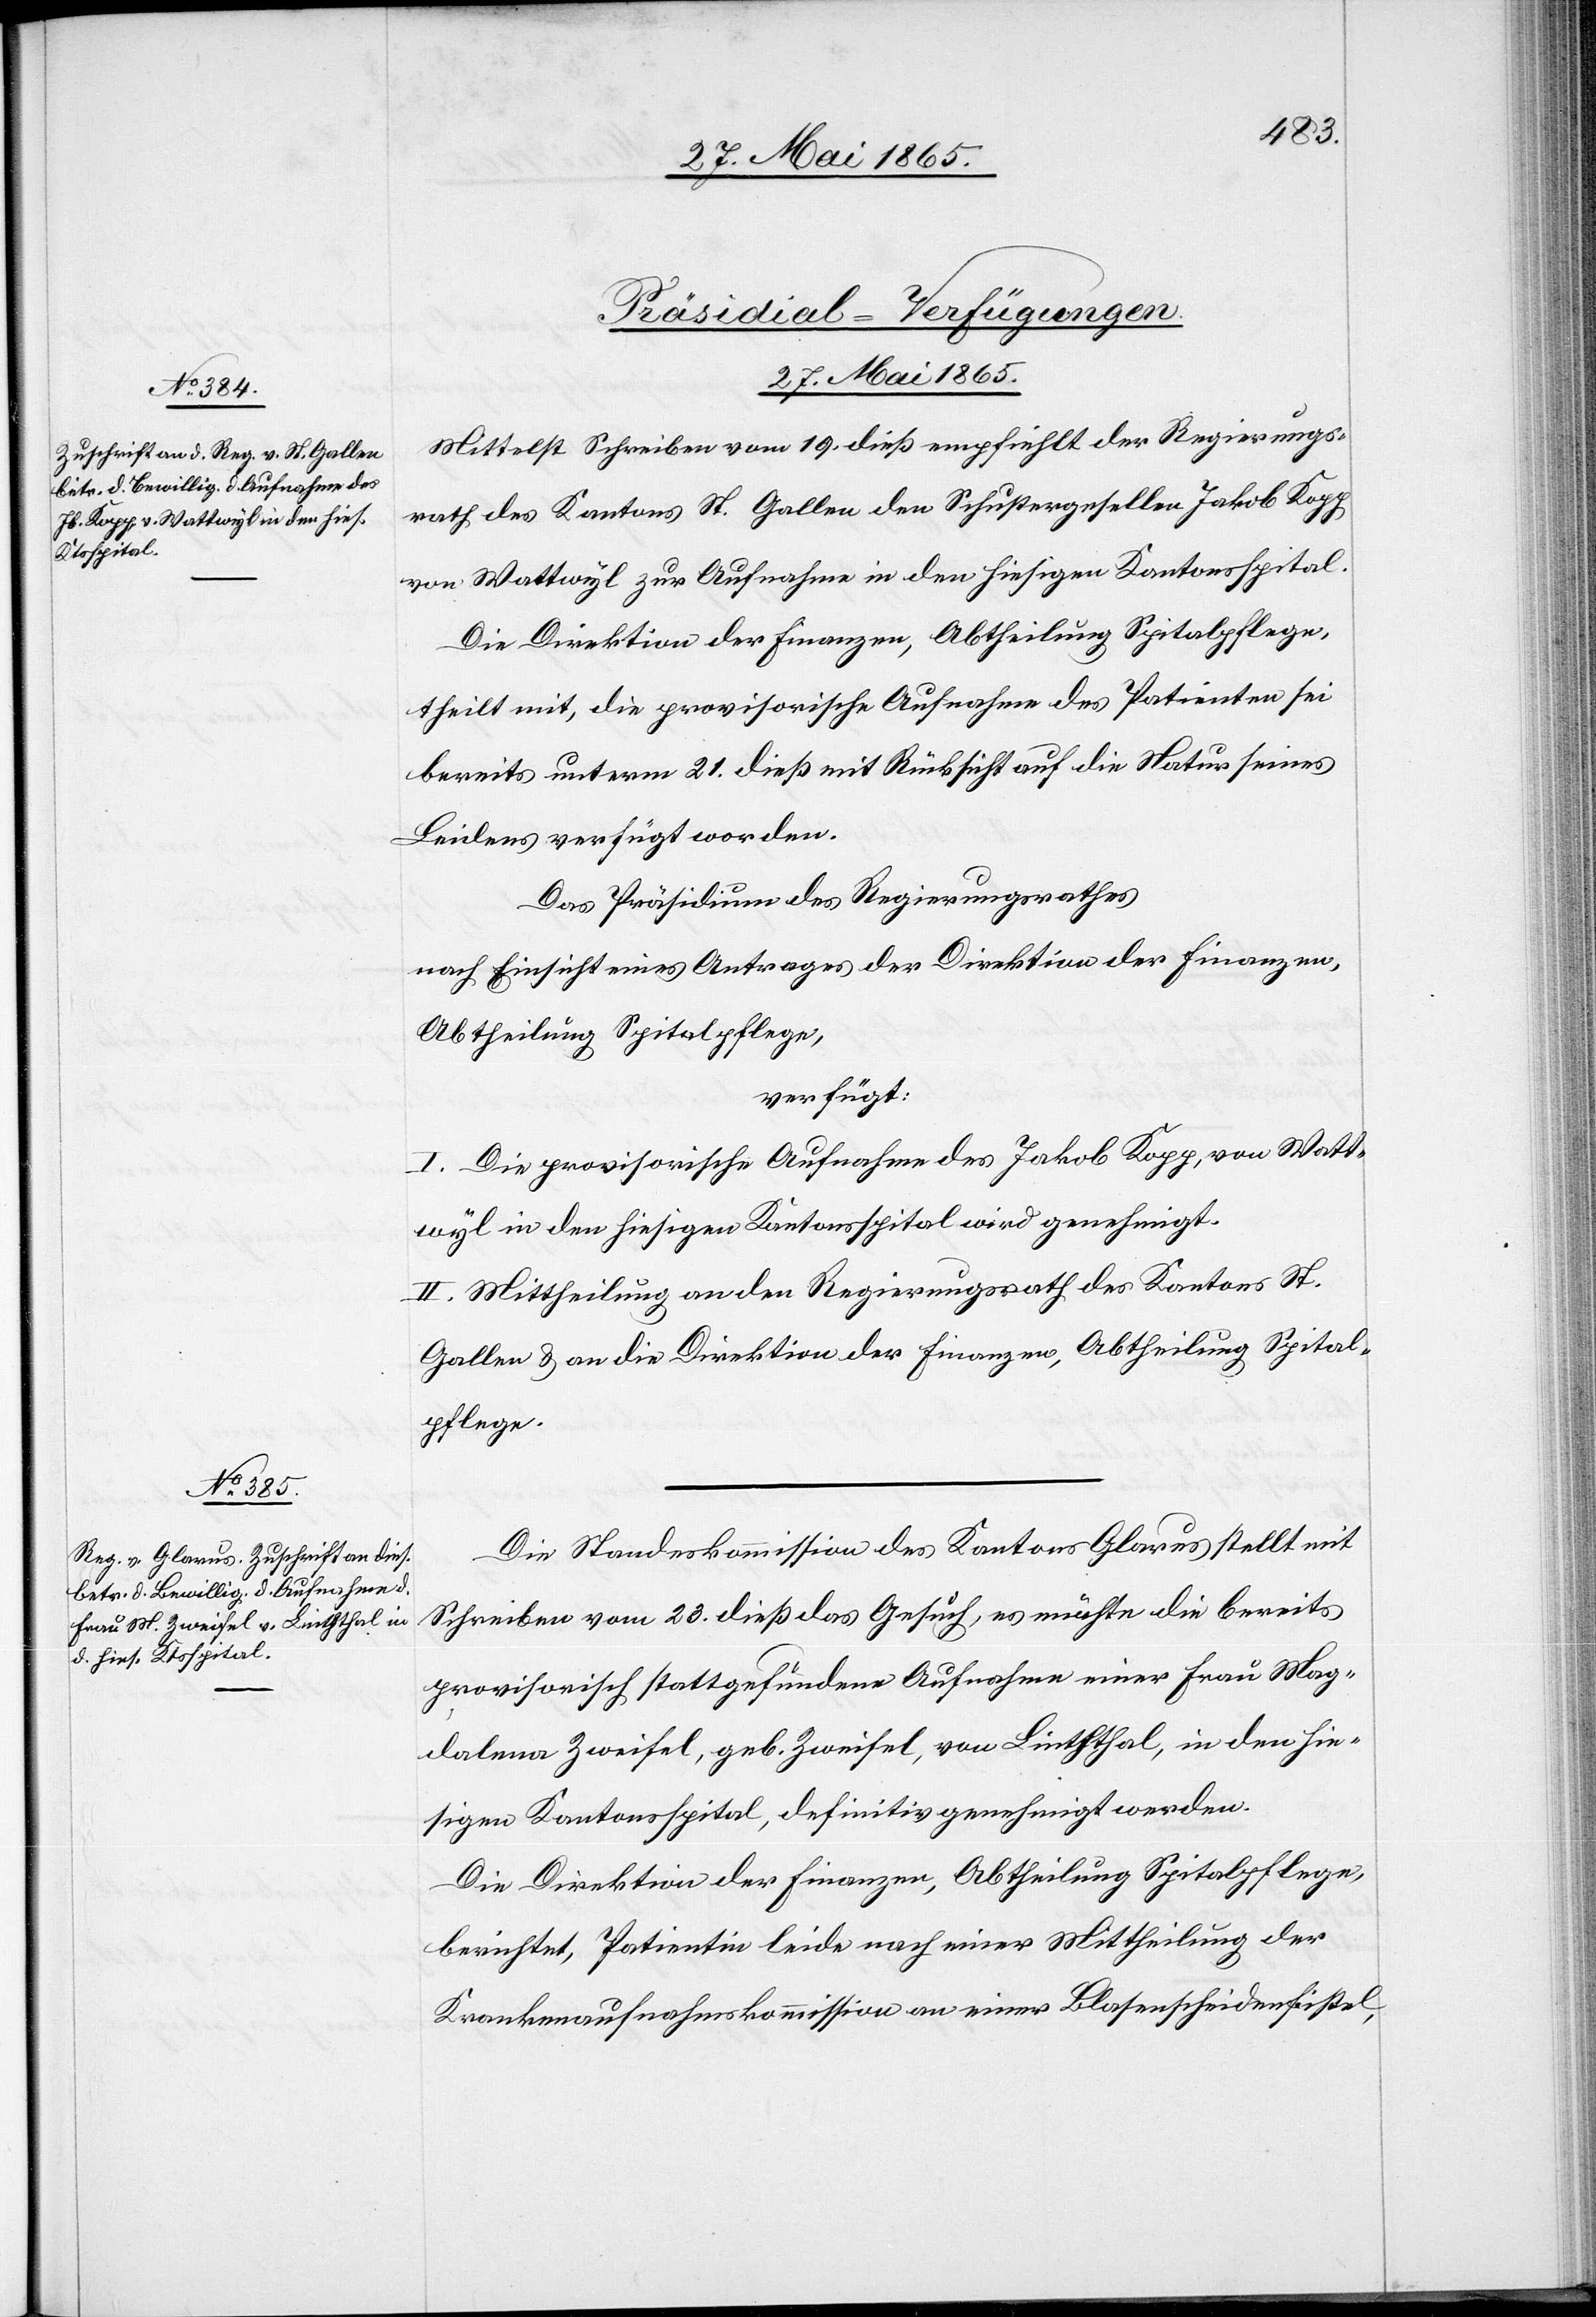
27. Mai 1865.]
[Präsidial-Verfügungen.
27. Mai 1865.
Mittelst Schreiben vom 19. dieß empfiehlt der Regierungs¬
rath des Kantons St. Gallen den Schustergesellen Jakob Kopp
von Wattwyl zur Aufnahme in den hiesigen Kantonsspital.
Die Direktion der Finanzen, Abtheilung Spitalpflege,
theilt mit, die provisorische Aufnahme des Patienten sei
bereits unterm 21. dieß mit Rücksicht auf die Natur seines
Leidens verfügt worden.
Das Präsidium des Regierungsrathes
nach Einsicht eines Antrages der Direktion der Finanzen,
Abtheilung Spitalpflege,
verfügt:
I. Die provisorische Aufnahme des Jakob Kopp, von Watt¬
wyl in den hiesigen Kantonsspital wird genehmigt.
II. Mittheilung an den Regierungsrath des Kantons St.
Gallen & an die Direktion der Finanzen, Abtheilung Spital¬
pflege.
Die Standeskommission des Kantons Glarus stellt mit
Schreiben vom 23. dieß das Gesuch, es möchte die bereits
provisorisch stattgefundene Aufnahme einer Frau Mag¬
dalena Zweifel, geb. Zweifel, von Linththal, in den hie¬
sigen Kantonsspital, definitiv genehmigt werden.
Die Direktion der Finanzen, Abtheilung Spitalpflege,
berichtet, Patientin leide nach einer Mittheilung der
Krankenaufnahmskommission an einer Blasenscheidenfistel,